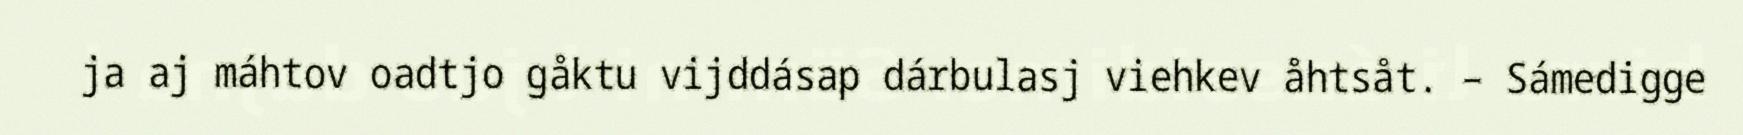
ja aj máhtov oadtjo gåktu vijddásap dárbulasj viehkev åhtsåt. – Sámedigge